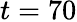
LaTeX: t=70